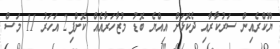
ޔޫކްރެއިން ސަރުކާރާއި ދެކޮޅަށް އިއްޔެ ބޮޑު މުޒާހަރާއެއް ކޮށްފި2 އަހަރު 11 މަސް